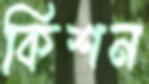
কিশন